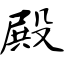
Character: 殿